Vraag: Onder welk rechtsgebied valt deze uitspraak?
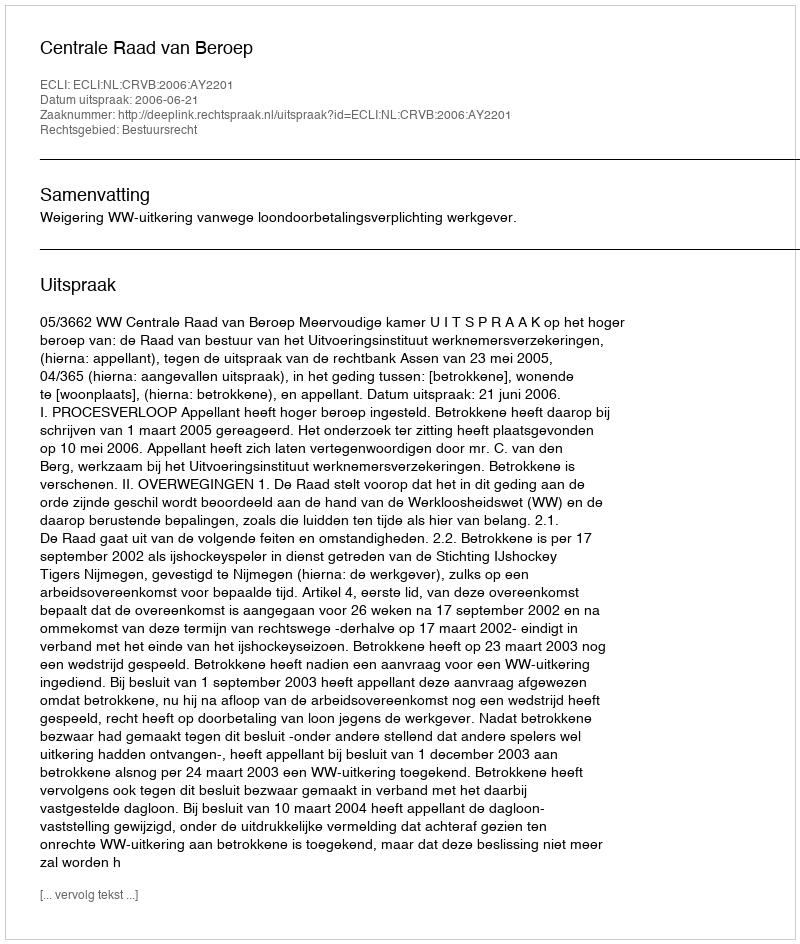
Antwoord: Bestuursrecht